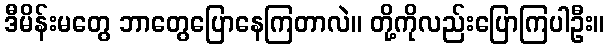
ဒီမိန်းမတွေ ဘာတွေပြောနေကြတာလဲ။ တို့ကိုလည်းပြောကြပါဦး။